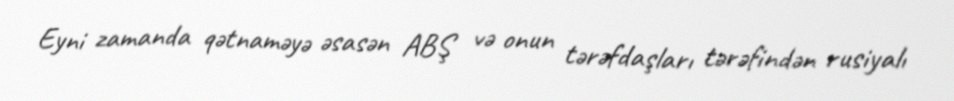
Eyni zamanda qətnaməyə əsasən ABŞ və onun tərəfdaşları tərəfindən rusiyalı